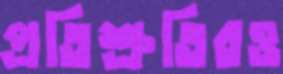
প্রতিশ্রুতিরও